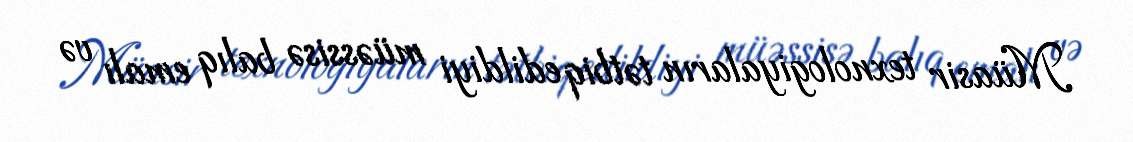
Müasir texnologiyaların tətbiq edildiyi müəssisə balıq emalı və